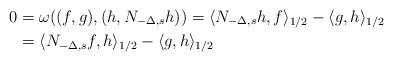
LaTeX: \begin{align*} 0&=\omega((f,g), (h,N_{-\Delta,s} h))=\langle N_{-\Delta,s} h, f\rangle_{1/2}- \langle g, h\rangle_{1/2}\\&= \langle N_{-\Delta,s} f, h\rangle_{1/2}- \langle g, h\rangle_{1/2} \end{align*}